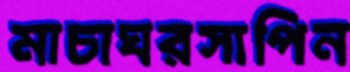
মাচাঘরসাপিন